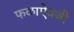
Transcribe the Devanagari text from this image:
फळाऐवजी